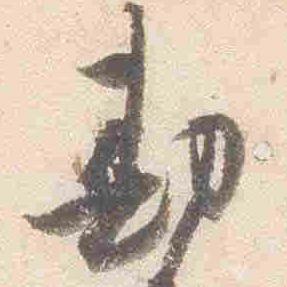
勘